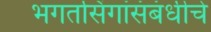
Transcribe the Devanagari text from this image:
भगतसिंगांसंबंधीचे